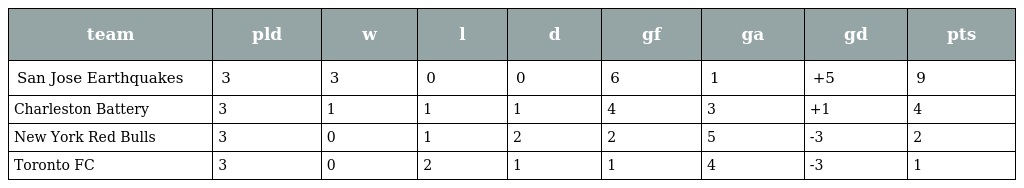
| team | pld | w | l | d | gf | ga | gd | pts |
 | --- | --- | --- | --- | --- | --- | --- | --- | --- |
 | San Jose Earthquakes | 3 | 3 | 0 | 0 | 6 | 1 | +5 | 9 |
 | Charleston Battery | 3 | 1 | 1 | 1 | 4 | 3 | +1 | 4 |
 | New York Red Bulls | 3 | 0 | 1 | 2 | 2 | 5 | -3 | 2 |
 | Toronto FC | 3 | 0 | 2 | 1 | 1 | 4 | -3 | 1 |